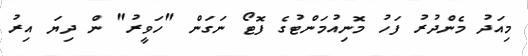
މިއަދު މެންދުރު ފަހު މޮނިއުމަންޓުގެ ފޮޓޯ ނަގަން "ހަވީރު" ން ދިޔަ އިރު